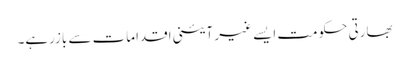
بھارتی حکومت ایسے غیر آئینی اقدامات سے بازرہے۔